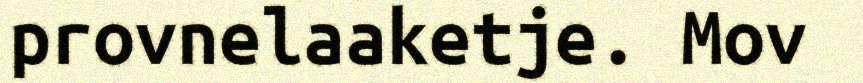
provnelaaketje. Mov